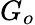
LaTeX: G_{o}